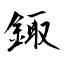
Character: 鋷